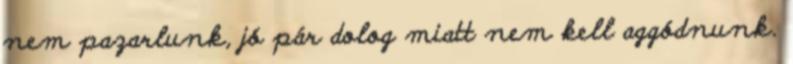
nem pazarlunk, jó pár dolog miatt nem kell aggódnunk.